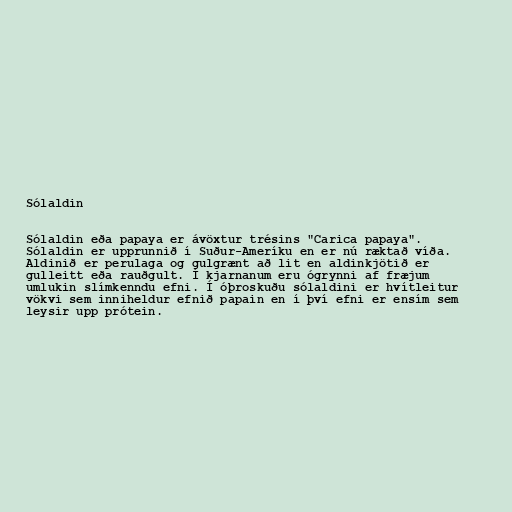
Sólaldin

Sólaldin eða papaya er ávöxtur trésins "Carica papaya".
Sólaldin er upprunnið í Suður-Ameríku en er nú ræktað víða.
Aldinið er perulaga og gulgrænt að lit en aldinkjötið er
gulleitt eða rauðgult. Í kjarnanum eru ógrynni af fræjum
umlukin slímkenndu efni. Í óþroskuðu sólaldini er hvítleitur
vökvi sem inniheldur efnið papain en í því efni er ensím sem
leysir upp prótein.